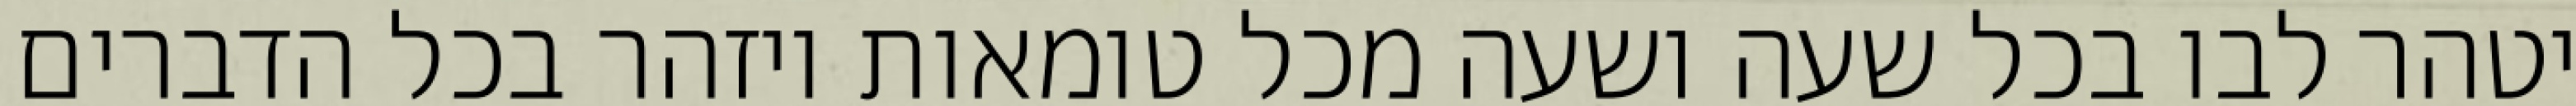
יטהר לבו בכל שעה ושעה מכל טומאות ויזהר בכל הדברים